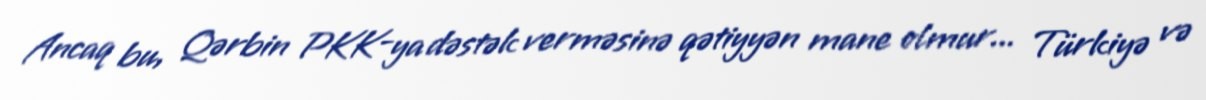
Ancaq bu, Qərbin PKK-ya dəstək verməsinə qətiyyən mane olmur... Türkiyə və